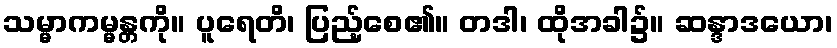
သမ္မာကမ္မန္တကို။ ပူရေတိ၊ ပြည့်စေ၏။ တဒါ၊ ထိုအခါ၌။ ဆန္ဒာဒယော၊